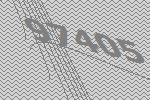
97405